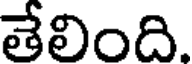
తేలింది.